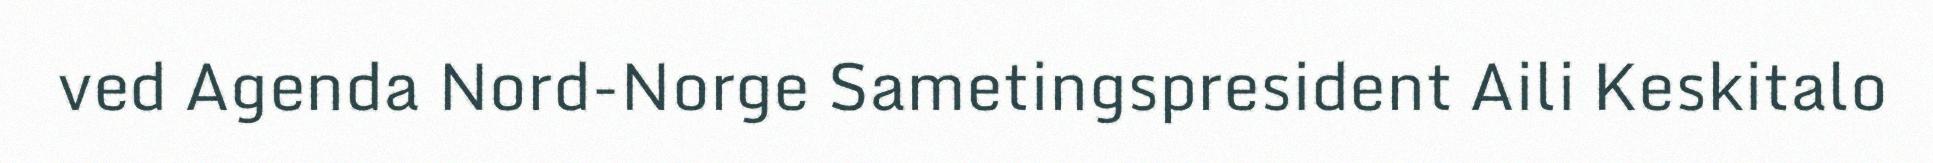
ved Agenda Nord-Norge Sametingspresident Aili Keskitalo